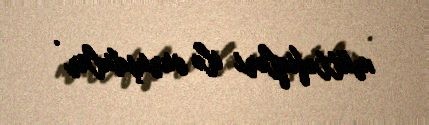
müttəfiqləri ilə vuruşdular .